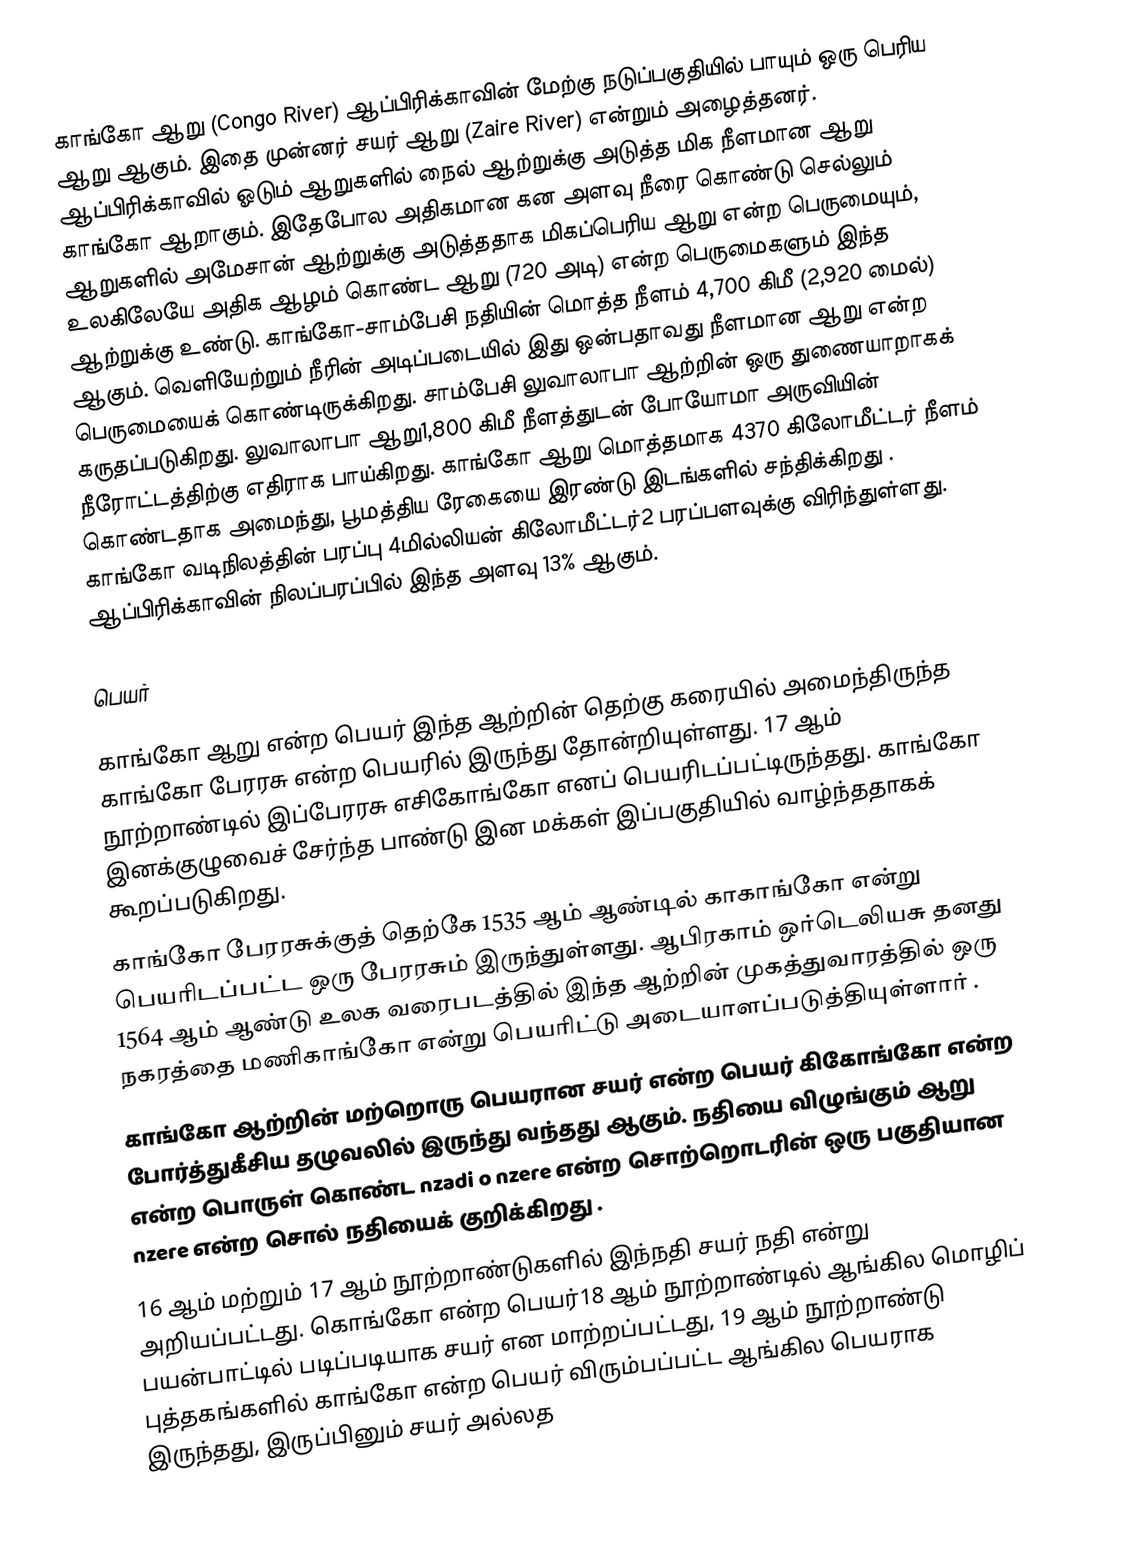
காங்கோ ஆறு (Congo River) ஆப்பிரிக்காவின் மேற்கு நடுப்பகுதியில் பாயும் ஒரு பெரிய ஆறு ஆகும். இதை முன்னர் சயர் ஆறு (Zaire River) என்றும் அழைத்தனர். ஆப்பிரிக்காவில் ஓடும் ஆறுகளில் நைல் ஆற்றுக்கு அடுத்த மிக நீளமான ஆறு காங்கோ ஆறாகும். இதேபோல அதிகமான கன அளவு நீரை கொண்டு செல்லும் ஆறுகளில் அமேசான் ஆற்றுக்கு அடுத்ததாக மிகப்பெரிய ஆறு என்ற பெருமையும், உலகிலேயே அதிக ஆழம் கொண்ட ஆறு (720 அடி) என்ற பெருமைகளும் இந்த ஆற்றுக்கு உண்டு. காங்கோ-சாம்பேசி நதியின் மொத்த நீளம் 4,700 கிமீ (2,920 மைல்) ஆகும். வெளியேற்றும் நீரின் அடிப்படையில் இது ஒன்பதாவது நீளமான ஆறு என்ற பெருமையைக் கொண்டிருக்கிறது. சாம்பேசி  லுவாலாபா ஆற்றின் ஒரு துணையாறாகக் கருதப்படுகிறது. லுவாலாபா ஆறு1,800 கிமீ நீளத்துடன் போயோமா அருவியின் நீரோட்டத்திற்கு எதிராக பாய்கிறது. காங்கோ ஆறு மொத்தமாக 4370 கிலோமீட்டர் நீளம் கொண்டதாக அமைந்து, பூமத்திய ரேகையை இரண்டு இடங்களில் சந்திக்கிறது . காங்கோ வடிநிலத்தின் பரப்பு 4மில்லியன் கிலோமீட்டர்2 பரப்பளவுக்கு விரிந்துள்ளது. ஆப்பிரிக்காவின் நிலப்பரப்பில் இந்த அளவு 13% ஆகும்.

பெயர்

காங்கோ ஆறு என்ற பெயர் இந்த ஆற்றின் தெற்கு கரையில் அமைந்திருந்த காங்கோ பேரரசு என்ற பெயரில் இருந்து தோன்றியுள்ளது. 17 ஆம் நூற்றாண்டில் இப்பேரரசு எசிகோங்கோ எனப் பெயரிடப்பட்டிருந்தது. காங்கோ இனக்குழுவைச் சேர்ந்த பாண்டு இன மக்கள் இப்பகுதியில் வாழ்ந்ததாகக் கூறப்படுகிறது.
காங்கோ பேரரசுக்குத் தெற்கே 1535 ஆம் ஆண்டில்  காகாங்கோ என்று பெயரிடப்பட்ட ஒரு பேரரசும் இருந்துள்ளது.  ஆபிரகாம் ஒர்டெலியசு தனது 1564 ஆம் ஆண்டு உலக வரைபடத்தில் இந்த ஆற்றின் முகத்துவாரத்தில் ஒரு நகரத்தை மணிகாங்கோ என்று பெயரிட்டு அடையாளப்படுத்தியுள்ளார் .
காங்கோ ஆற்றின் மற்றொரு பெயரான சயர் என்ற பெயர் கிகோங்கோ  என்ற போர்த்துகீசிய தழுவலில் இருந்து வந்தது ஆகும். நதியை விழுங்கும் ஆறு என்ற பொருள் கொண்ட nzadi o nzere என்ற சொற்றொடரின் ஒரு பகுதியான nzere என்ற சொல் நதியைக் குறிக்கிறது .
16 ஆம் மற்றும் 17 ஆம் நூற்றாண்டுகளில் இந்நதி சயர் நதி என்று அறியப்பட்டது. கொங்கோ  என்ற பெயர்18 ஆம் நூற்றாண்டில் ஆங்கில மொழிப் பயன்பாட்டில் படிப்படியாக சயர் என மாற்றப்பட்டது, 19 ஆம் நூற்றாண்டு புத்தகங்களில் காங்கோ என்ற பெயர் விரும்பப்பட்ட ஆங்கில பெயராக இருந்தது, இருப்பினும் சயர் அல்லத